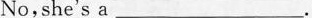
No,she's a ___.